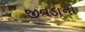
જીવડાનો